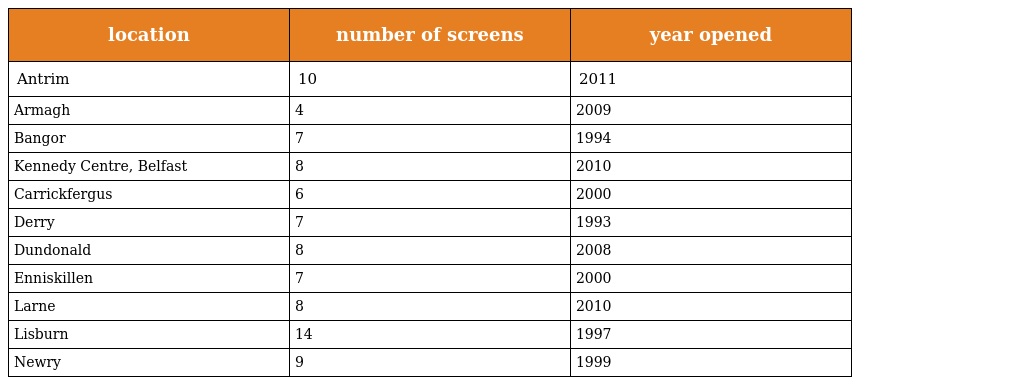
| location | number of screens | year opened |
 | --- | --- | --- |
 | Antrim | 10 | 2011 |
 | Armagh | 4 | 2009 |
 | Bangor | 7 | 1994 |
 | Kennedy Centre, Belfast | 8 | 2010 |
 | Carrickfergus | 6 | 2000 |
 | Derry | 7 | 1993 |
 | Dundonald | 8 | 2008 |
 | Enniskillen | 7 | 2000 |
 | Larne | 8 | 2010 |
 | Lisburn | 14 | 1997 |
 | Newry | 9 | 1999 |